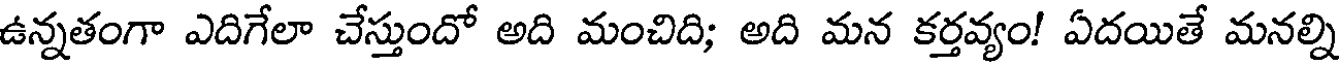
ఉన్నతంగా ఎదిగేలా చేస్తుందో అది మంచిది; అది మన కర్తవ్యం! ఏదయితే మనల్ని